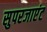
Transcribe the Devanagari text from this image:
सुपरजाएंट